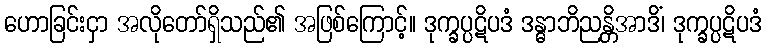
ဟောခြင်းငှာ အလိုတော်ရှိသည်၏ အဖြစ်ကြောင့်။ ဒုက္ခပ္ပဋိပဒံ ဒန္ဓာဘိညန္တိအာဒိံ၊ ဒုက္ခပ္ပဋိပဒံ